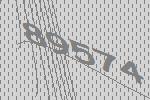
89574